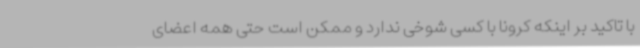
با تاکید بر اینکه کرونا با کسی شوخی ندارد و ممکن است حتی همه اعضای